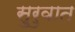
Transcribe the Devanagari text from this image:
सु्रुवात